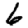
Digit: 6